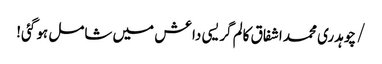
/ چوہدری محمد اشفاق کالم	گریسی داعش میں شامل ہو گئی!